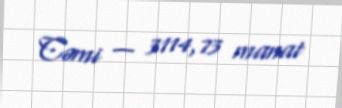
Cəmi — 3114,73 manat